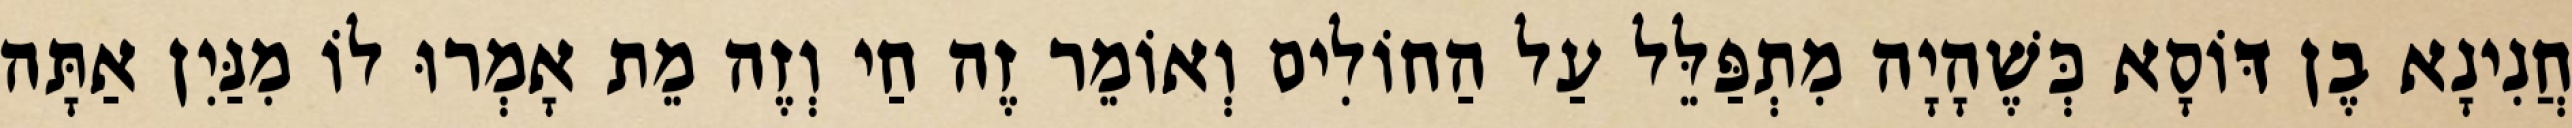
חֲנִינָא בֶן דּוֹסָא כְּשֶׁהָיָה מִתְפַּלֵּל עַל הַחוֹלִים וְאוֹמֵר זֶה חַי וְזֶה מֵת אָמְרוּ לוֹ מִנַּיִן אַתָּה